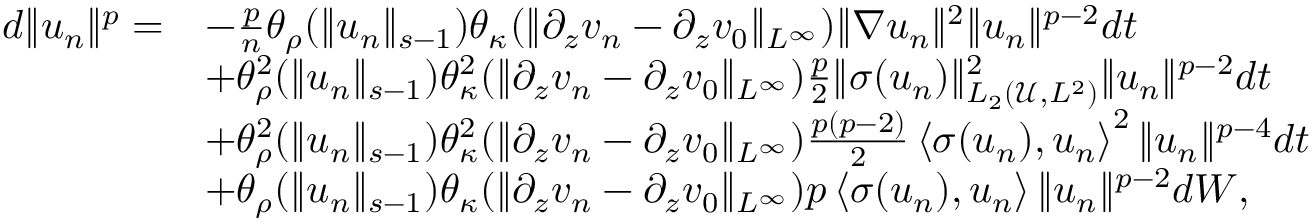
\begin{array} { r l } { d \| u _ { n } \| ^ { p } = } & { - \frac p n \theta _ { \rho } ( \| u _ { n } \| _ { s - 1 } ) \theta _ { \kappa } ( \| \partial _ { z } v _ { n } - \partial _ { z } v _ { 0 } \| _ { L ^ { \infty } } ) \| \nabla u _ { n } \| ^ { 2 } \| u _ { n } \| ^ { p - 2 } d t } \\ & { + \theta _ { \rho } ^ { 2 } ( \| u _ { n } \| _ { s - 1 } ) \theta _ { \kappa } ^ { 2 } ( \| \partial _ { z } v _ { n } - \partial _ { z } v _ { 0 } \| _ { L ^ { \infty } } ) \frac p 2 \| \sigma ( u _ { n } ) \| _ { L _ { 2 } ( \mathscr U , L ^ { 2 } ) } ^ { 2 } \| u _ { n } \| ^ { p - 2 } d t } \\ & { + \theta _ { \rho } ^ { 2 } ( \| u _ { n } \| _ { s - 1 } ) \theta _ { \kappa } ^ { 2 } ( \| \partial _ { z } v _ { n } - \partial _ { z } v _ { 0 } \| _ { L ^ { \infty } } ) \frac { p ( p - 2 ) } { 2 } \left\langle \sigma ( u _ { n } ) , u _ { n } \right\rangle ^ { 2 } \| u _ { n } \| ^ { p - 4 } d t } \\ & { + \theta _ { \rho } ( \| u _ { n } \| _ { s - 1 } ) \theta _ { \kappa } ( \| \partial _ { z } v _ { n } - \partial _ { z } v _ { 0 } \| _ { L ^ { \infty } } ) p \left\langle \sigma ( u _ { n } ) , u _ { n } \right\rangle \| u _ { n } \| ^ { p - 2 } d W , } \end{array}